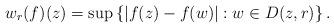
LaTeX: \begin{align*}w_r(f)(z)=\sup\left\{|f(z)-f(w)|:w\in D(z,r)\right\}.\end{align*}